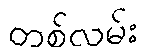
တစ်လမ်း